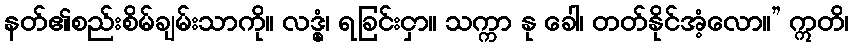
နတ်၏စည်းစိမ်ချမ်းသာကို။ လဒ္ဓုံ၊ ရခြင်းငှာ။ သက္ကာ နု ခေါ၊ တတ်နိုင်အံ့လော။” ဣတိ၊